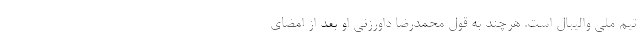
تیم ملی والیبال است. هرچند به قول محمدرضا داورزنی او بعد از امضای